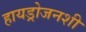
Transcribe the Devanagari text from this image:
हायड्रोजनशी